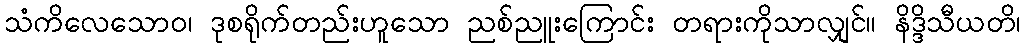
သံကိလေသောဝ၊ ဒုစရိုက်တည်းဟူသော ညစ်ညူးကြောင်း တရားကိုသာလျှင်။ နိဒ္ဒိသီယတိ၊